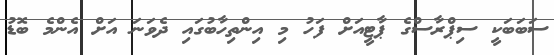
ސަބަބަކީ ސިޕްރާސްގެ ޕާޓީއަށް ފަހު މި އިންތިހާބުގައި ދެވަނަ އަށް އެންމެ ބޮޑު